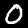
Label: 0